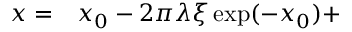
\begin{array} { r l } { x = } & { { } x _ { 0 } - 2 \pi \lambda \xi \exp ( - x _ { 0 } ) + } \end{array}